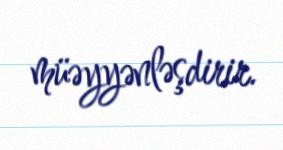
müəyyənləşdirir.